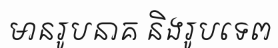
មានរូបនាគ និងរូបទេព